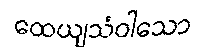
ထေယျသံဝါသော